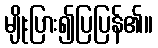
မျိုးပြား၍ပြပြန်၏။